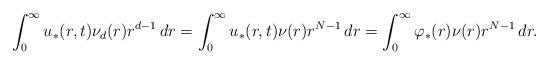
LaTeX: \begin{align*}\int_0^\infty u_*(r,t)\nu_d(r)r^{d-1}\,dr=\int_0^\infty u_*(r,t)\nu(r)r^{N-1}\,dr=\int_0^\infty \varphi_*(r)\nu(r)r^{N-1}\,dr.\end{align*}